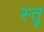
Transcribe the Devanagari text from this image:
स्‍तॄ